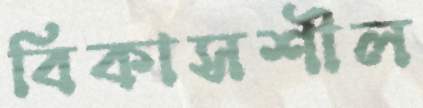
বিকাসশীল